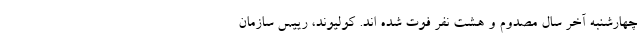
چهارشنبه آخر سال مصدوم و هشت نفر فوت شده اند. کولیوند، رییس سازمان